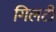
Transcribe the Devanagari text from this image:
गिलटी